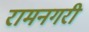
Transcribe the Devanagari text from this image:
रामनगरी